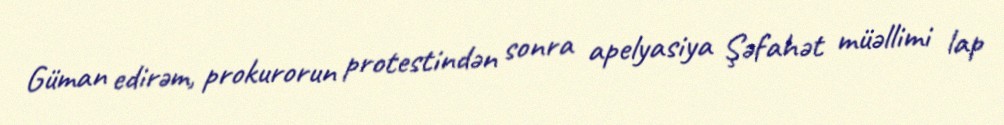
Güman edirəm, prokurorun protestindən sonra apelyasiya Şəfahət müəllimi lap